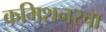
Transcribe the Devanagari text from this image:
कमिशनरचा